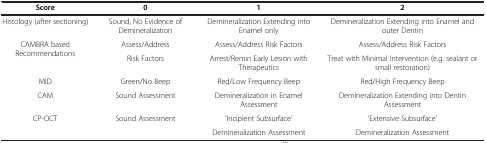
<table><thead><tr><td><b>Score</b></td><td><b>0</b></td><td><b>1</b></td><td><b>2</b></td></tr></thead><tbody><tr><td>Histology (after sectioning)</td><td>Sound, No Evidence of Demineralization</td><td>Demineralization Extending into Enamel only</td><td>Demineralization Extending into Enamel and outer Dentin</td></tr><tr><td rowspan="2">CAMBRA based Recommendations</td><td>Assess/Address</td><td>Assess/Address Risk Factors</td><td>Assess/Address Risk Factors</td></tr><tr><td>Risk Factors</td><td>Arrest/Remin Early Lesion with Therapeutics</td><td>Treat with Minimal Intervention (e.g. sealant or small restoration)</td></tr><tr><td>MID</td><td>Green/No Beep</td><td>Red/Low Frequency Beep</td><td>Red/High Frequency Beep</td></tr><tr><td>CAM</td><td>Sound Assessment</td><td>Demineralization in Enamel Assessment</td><td>Demineralization Extending into Dentin Assessment</td></tr><tr><td>CP-OCT</td><td>Sound Assessment</td><td>‘Incipient Subsurface’</td><td>‘Extensive Subsurface’</td></tr><tr><td> </td><td> </td><td>Demineralization Assessment</td><td>Demineralization Assessment</td></tr></tbody></table>